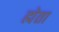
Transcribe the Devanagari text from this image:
ह्मेता